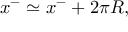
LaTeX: x ^ { - } \simeq x ^ { - } + 2 \pi R ,